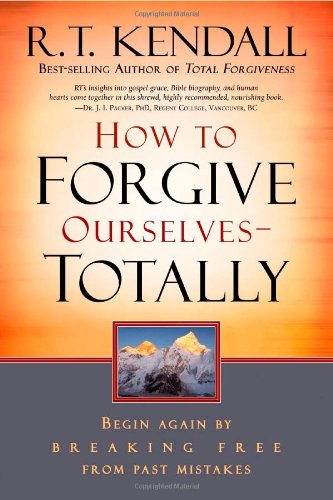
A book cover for How To Forgive Ourselves Totally: Begin Again by Breaking Free from Past Mistakes; R.T. Kendall; Christian Books & Bibles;